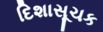
દિશાસૂચક